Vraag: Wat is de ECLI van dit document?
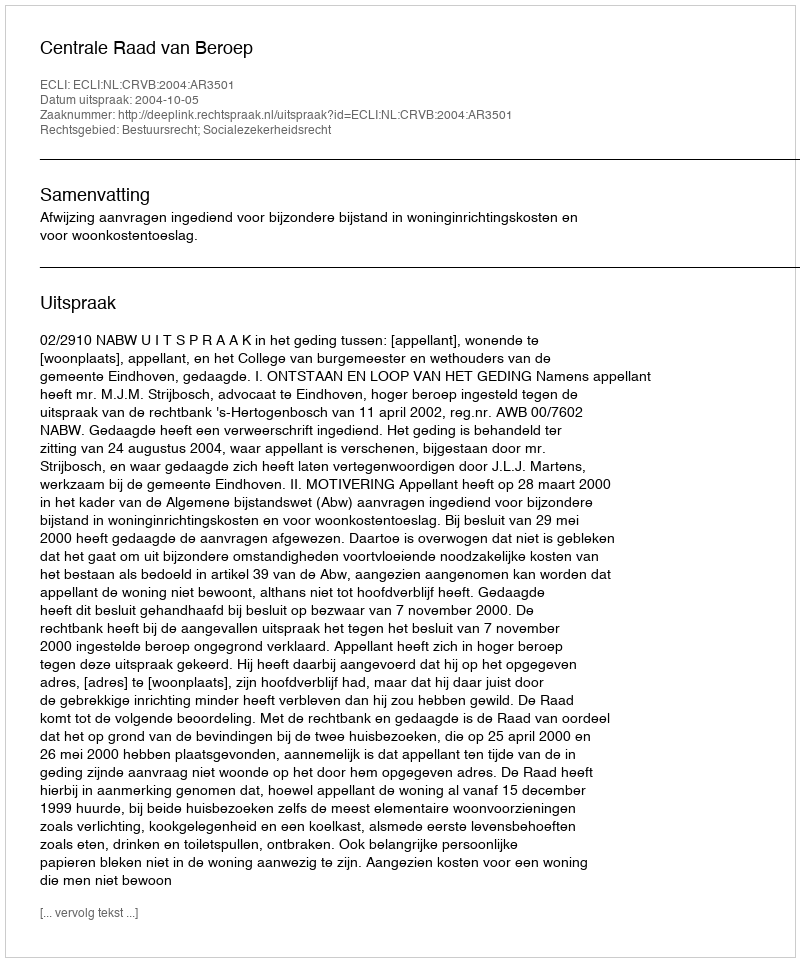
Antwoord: ECLI:NL:CRVB:2004:AR3501